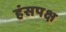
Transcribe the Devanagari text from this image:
हंसपक्ष